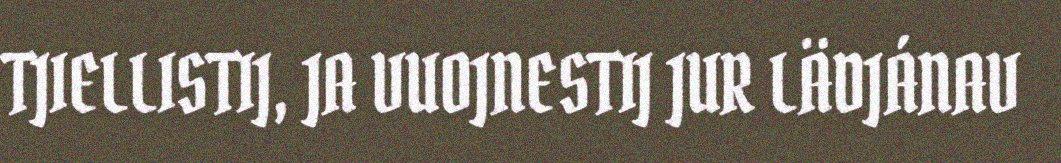
TJIELLISTIJ, JA VUOJNESTIJ JUR LÄDJÁNAV